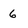
Character: 6